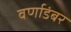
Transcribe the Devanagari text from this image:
वर्णाडंबर